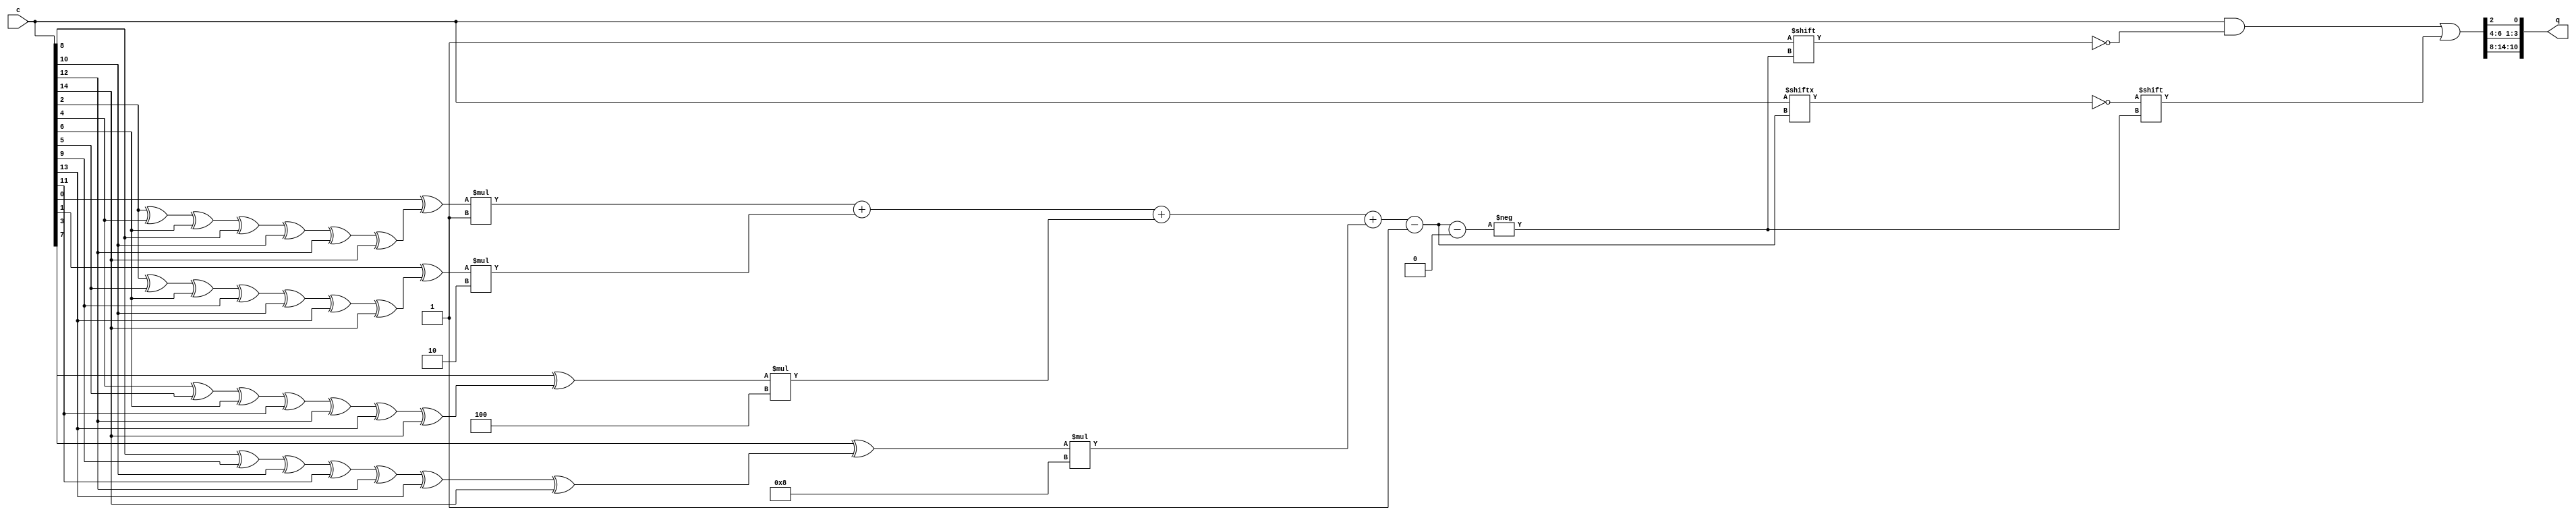
module ham_15_11_decoder_3 (c,q);
	output [10:0] q;
	reg [10:0] q;
	input [14:0] c;
	reg [3:0] pb;
	reg [3:0] s;
	reg [3:0] temp;
	reg [14:0] inputs;
	always @(c or q)
	begin
		pb[0]=c[2]^c[4]^c[6]^c[8]^c[10]^c[12]^c[14];
		pb[1]=c[2]^c[5]^c[6]^c[9]^c[10]^c[13]^c[14];
		pb[2]=c[4]^c[5]^c[6]^c[11]^c[12]^c[13]^c[14];
		pb[3]=c[8]^c[9]^c[10]^c[11]^c[12]^c[13]^c[14];
		s[0] = c[0]^pb[0];
		s[1] = c[1]^pb[1];
		s[2] = c[3]^pb[2];
		s[3] = c[7]^pb[3];
		inputs=c;
		temp=s[0]*1;
		temp=temp+s[1]*2;
		temp=temp+s[2]*4;
		temp=temp+s[3]*8-1;
		inputs[temp]=c[temp]^1;
		q[0]=inputs[2];
		q[1]=inputs[4];
		q[2]=inputs[5];
		q[3]=inputs[6];
		q[4]=inputs[8];
		q[5]=inputs[9];
		q[6]=inputs[10];
		q[7]=inputs[11];
		q[8]=inputs[12];
		q[9]=inputs[13];
		q[10]=inputs[14];
	end
endmodule